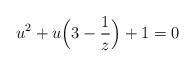
LaTeX: \begin{align*} u^2+u\Bigl(3-\frac{1}{z}\Bigr)+1=0 \end{align*}